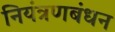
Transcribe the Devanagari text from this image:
नियंत्रणबंधन